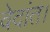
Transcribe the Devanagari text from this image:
वेदांत।